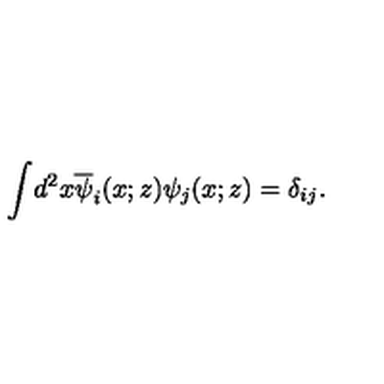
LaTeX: \int \! d ^ { 2 } x \overline { { \psi } } _ { i } ( x ; z ) \psi _ { j } ( x ; z ) = \delta _ { i j } .